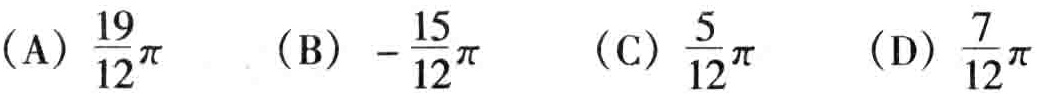
（A）$\frac{19}{12}\pi$  （B）$-\frac{15}{12}\pi$  （C）$\frac{5}{12}\pi$  （D）$\frac{7}{12}\pi$